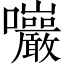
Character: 𡆑